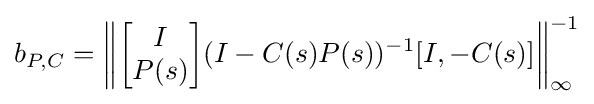
b_{P,C}=\left\|{\begin{bmatrix}I\\P(s)\end{bmatrix}}(I-C(s)P(s))^{-1}[I,-C(s)]\right\|_{\infty }^{-1}